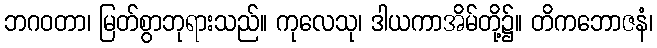
ဘဂဝတာ၊ မြတ်စွာဘုရားသည်။ ကုလေသု၊ ဒါယကာအိမ်တို့၌။ တိကဘောဇနံ၊